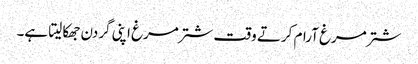
شترمرغ آرام کرتے وقت شترمرغ اپنی گردن جھکا لیتا ہے۔